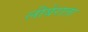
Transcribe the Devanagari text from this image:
लीबेराता